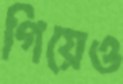
গিয়েও